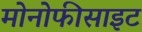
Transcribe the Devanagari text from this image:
मोनोफीसाइट